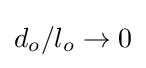
{\textstyle d_{o}/l_{o}\rightarrow 0}